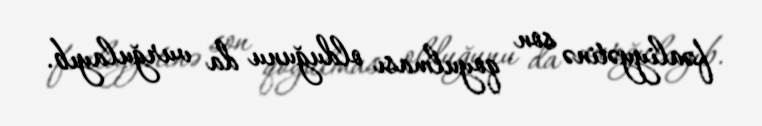
fəaliyyətinə son qoyulması olduğunu da vurğulayıb.